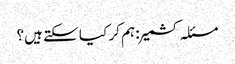
مسئلہ کشمیر : ہم کر کیا سکتے ہیں؟